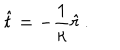
\hat { t } = - \frac { 1 } { \kappa } \hat { r } \, .